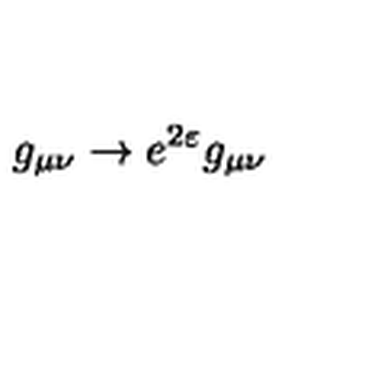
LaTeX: g _ { \mu \nu } \to e ^ { 2 \varepsilon } g _ { \mu \nu }